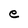
Character: e